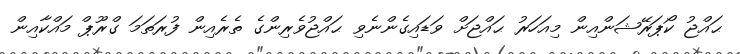
ޙައްޖު ކޯޕަރޭޝަންއިން މިއަހަރު ޙައްޖަށް ވަޑައިގެންނެވި ޙައްޖުވެރިންގެ ތެރެއިން ފުރަތަމަ ގްރޫޕް މައްކާއިން